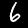
Label: 6